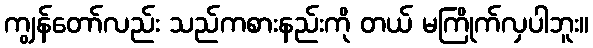
ကျွန်တော်လည်း သည်ကစားနည်းကို တယ် မကြိုက်လှပါဘူး။